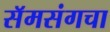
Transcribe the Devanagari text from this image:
सॅमसंगचा